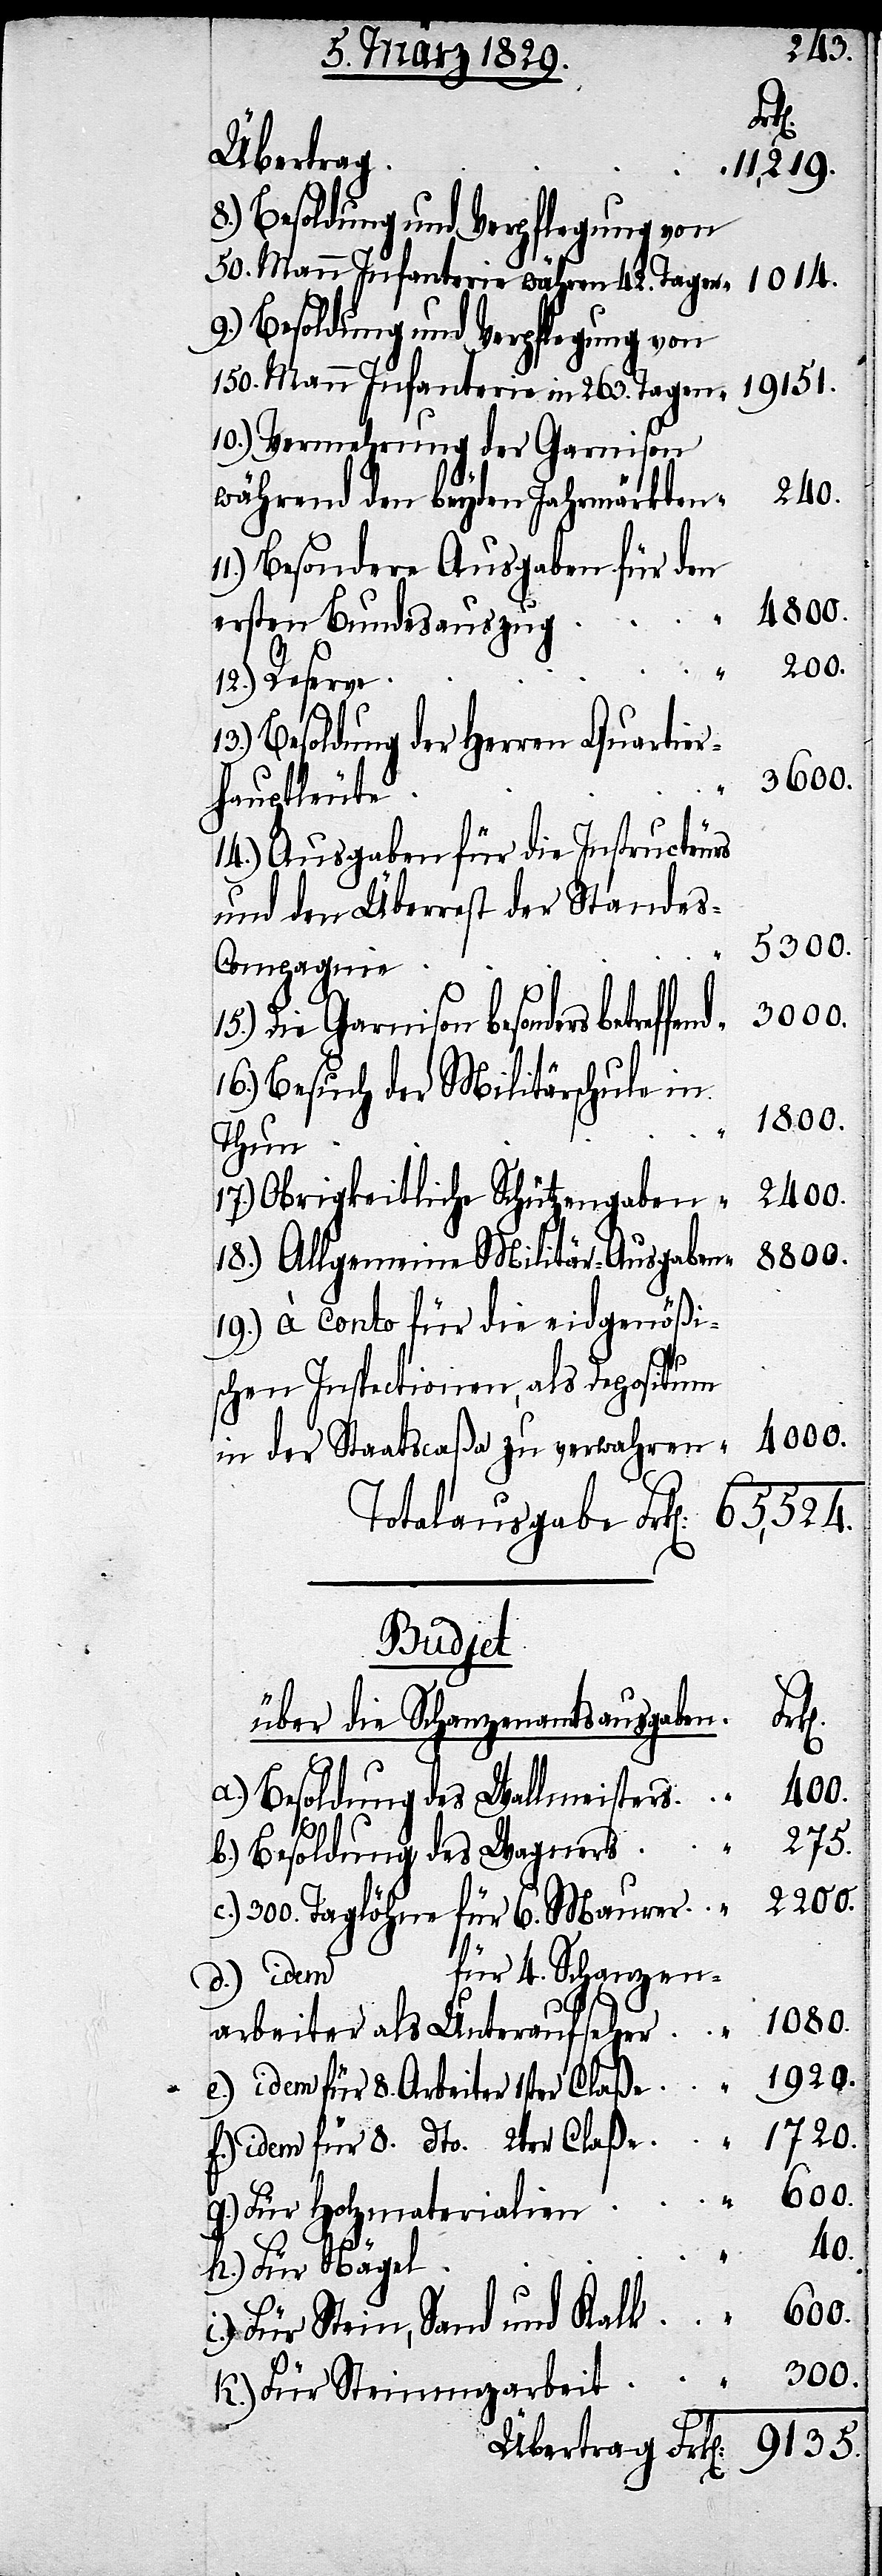
r-H¬
Übertrag
11,219.
8.) Besoldung und Verpflegung von
50. Mann Infanterie währen[d] 42. Tagen “ 1014.
9.) Besoldung und Verpflegung von
150. Mann Infanterie in 263. Tagen “ 19151.
10.) Vermehrung der Garnisten
240.
während den beyden Jahrmärkten “
Besondere Ausgaben für den
4800.
ersten Bundesauszug “
200.
Besoldung der Herren Quartie¬
auptleute
14.) Ausgaben für die Instructeurs
und der Überrest der Stande¬
s-Compagnie “
3000.
besonders betreffend
16.) Besuch der Militärschule in
1800.
Thun “
2400.
17.) Obrigkeitliche Schützengaben “
8800.
18.) Allgemeine Militär-Ausgaben
19.) à conto für die eidgenößi¬
schen Inspectionen, als Depositum
in der Staatscaßa zu verwahren “ 4000.
Totalausgaben Frk[en]. 65,524.
Budjet
über die Schanzenausgaben.
40.
a.) Besoldung des Wallmeisters “
275.
b.) Besoldung des Wagners “
c.) 300. Taglöhne für 6. Maurer “ 2200.
für 4. Schanzen¬
d.) idem
arbeiter als Unteraufseher “ 1080.
e.) idem für 8. Arbeiter 1ster Claße “ 1920.
f.) idem für 8. dto. 2ter Claße “ 1720.
g.) Für Holzmaterialien “ 600.
h.) Für Nägel
i.) Für Stein, Sand und Kalk “ 600.
k.) für Steinmezarbeit “ 300.
Übertrag Frk[en]. 9135.